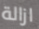
ازالة